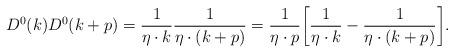
LaTeX: \begin{align*}D^0(k)D^0(k+p)={1\over\eta\cdot k}{1\over\eta\cdot(k+p)}={1\over\eta\cdot p}\biggl[{1\over{\eta\cdot k}}-{1\over{\eta\cdot(k+p)}}\biggr].\end{align*}